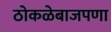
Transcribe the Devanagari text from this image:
ठोकळेबाजपणा